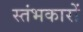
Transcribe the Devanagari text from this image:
स्‍तंभकारों